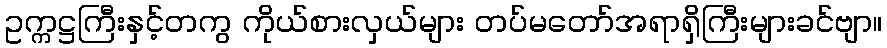
ဥက္ကဋ္ဌကြီးနှင့်တကွ ကိုယ်စားလှယ်များ တပ်မတော်အရာရှိကြီးများခင်ဗျာ။